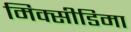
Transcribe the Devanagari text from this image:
मिक्सीडिमा